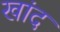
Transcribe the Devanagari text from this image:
खांद